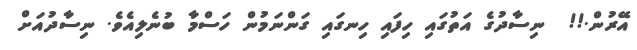
އޭރުން.!!  ނިސާދުގެ އަތުގައި ހިފައި ހިނގައި ގަންނަމުން ހަސްމާ ބުނެލިއެވެ. ނިސާދުއަށް